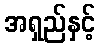
အရှည်နှင့်